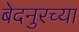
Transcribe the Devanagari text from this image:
बेदनुरच्या